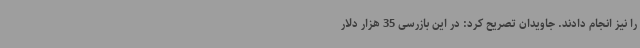
را نیز انجام دادند. جاویدان تصریح کرد: در این بازرسی 35 هزار دلار